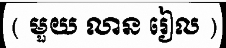
( មួយ លាន រៀល )